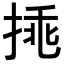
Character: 𢯀